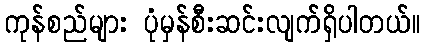
ကုန်စည်များ ပုံမှန်စီးဆင်းလျက်ရှိပါတယ်။